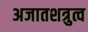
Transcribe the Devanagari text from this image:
अजातशत्रुत्व